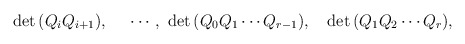
\begin{align*}\quad\mathrm{det }\,(Q_{i}Q_{i+1}),\quad \,\,\cdots,\,\,\mathrm{det }\,(Q_{0}Q_{1}\cdots Q_{r-1}),\quad \mathrm{det }\,(Q_{1}Q_{2}\cdots Q_{r}),\end{align*}